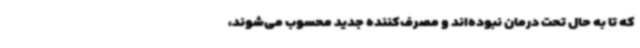
که تا به حال تحت درمان نبوده‌اند و مصرف‌کننده جدید محسوب می‌شوند،‌